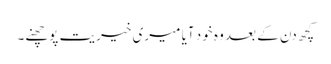
کچھ دن کے بعد وہ خود آیا میری خیریت پوچھنے۔